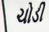
ચોડી